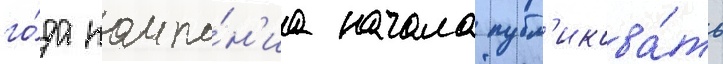
го́да компа́н'иа начала публ'икова́ть